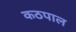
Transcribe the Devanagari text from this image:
कठपाल